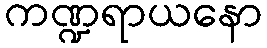
ကဏ္ဍရာယနော